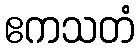
ဧကသတံ